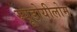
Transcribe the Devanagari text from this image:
स्यूडोयीलोम